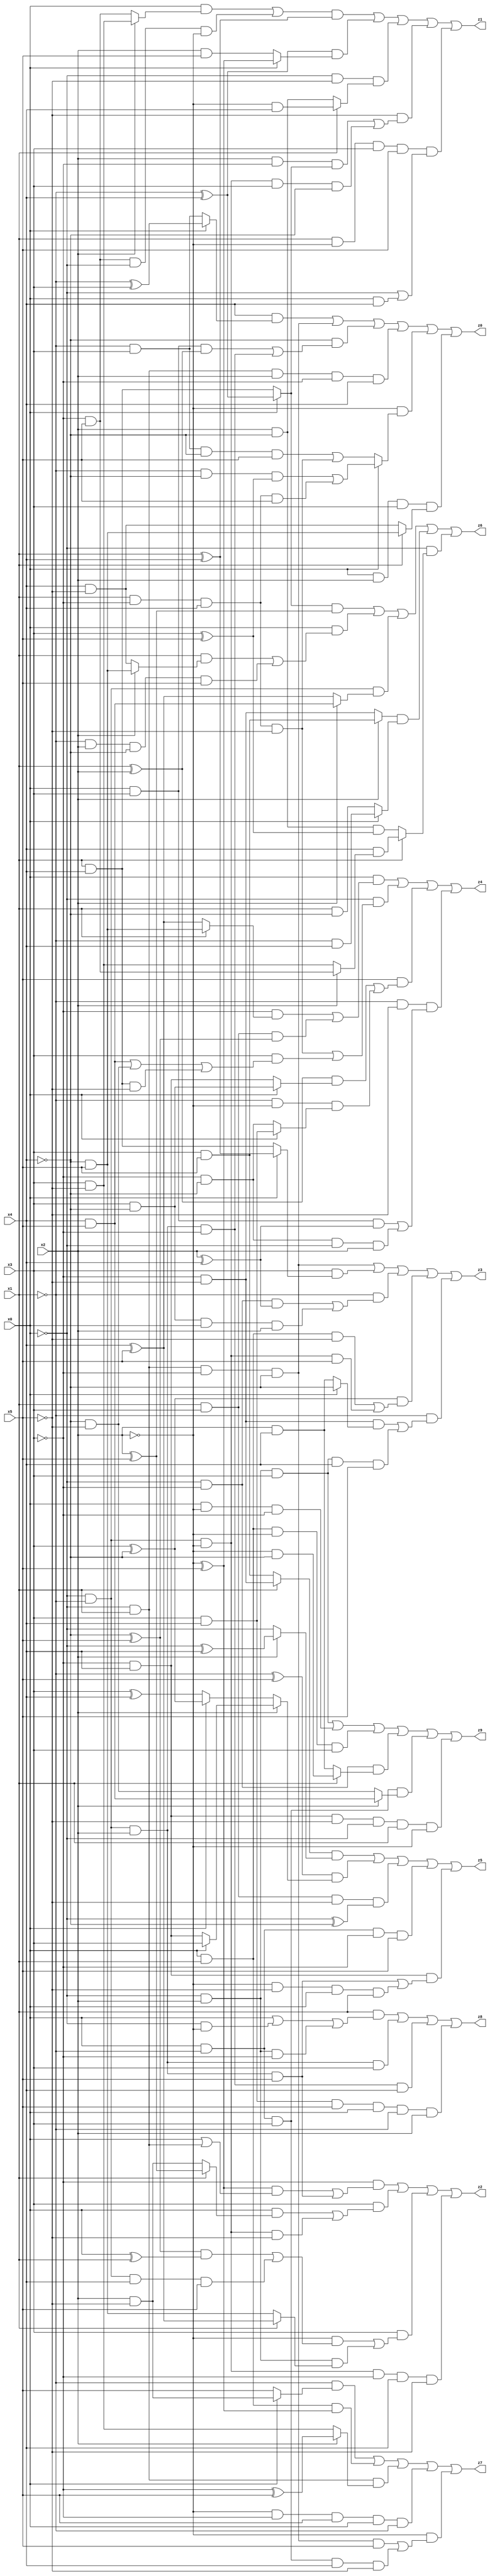
// Benchmark "X_3" written by ABC on Mon Jun 05 16:38:40 2023

module X_3 ( 
    x0, x1, x2, x3, x4, x5,
    z0, z1, z2, z3, z4, z5, z6, z7, z8, z9  );
  input  x0, x1, x2, x3, x4, x5;
  output z0, z1, z2, z3, z4, z5, z6, z7, z8, z9;
  assign z0 = (x4 & (x0 ? (~x1 ^ x3) : (~x1 & x3))) | (~x0 & x1 & ~x3 & ~x4) | (~x4 & ((x0 & x3 & (x1 ^ x2)) | (~x0 & ~x1 & x2 & ~x3))) | (~x0 & x1 & x2 & ~x3 & x4) | (~x2 & (x0 ? ((~x1 & ~x4 & (x3 ^ x5)) | (x1 & ~x3 & x4 & x5)) : ((~x1 & x3 & ~x4 & x5) | (x1 & ~x3 & x4 & ~x5)))) | (x0 & x2 & x3 & (x1 ? (~x4 & x5) : (x4 & ~x5)));
  assign z1 = (((x0 & (x2 ? (x3 & ~x5) : (~x3 & x5))) | (~x3 & x5 & ~x0 & ~x2)) & (x1 ^ x4)) | ((~x1 ^ x4) & (x0 ? (~x2 ^ x5) : (x2 & x5))) | (~x0 & ~x5 & (x1 ? (~x2 & x4) : (x2 & ~x4))) | (~x5 & ((x2 & ~x3 & (x0 ? (~x1 ^ x4) : (x1 & x4))) | (~x0 & ~x1 & ~x2 & x3 & ~x4))) | (x1 & ~x2 & x3 & x5 & (~x0 | (x0 & x4)));
  assign z2 = (~x3 & (((~x2 ^ x5) & (x0 | (~x0 & x1))) | (~x0 & ~x1 & x2 & x5))) | (x3 & ((x0 & (x1 ? (x2 ^ x5) : (x2 & ~x5))) | (~x0 & ~x1 & ~x2 & ~x5))) | (x3 & ((~x2 & (((~x4 ^ x5) & (x0 ^ x1)) | (~x0 & ~x1 & x4 & x5))) | (~x0 & x2 & (x1 ? (x4 ^ x5) : (~x4 & x5))))) | (~x0 & ~x1 & ~x2 & ~x3 & x4 & ~x5);
  assign z3 = (~x0 & x1 & ~x3 & ~x4) | (x3 & (x0 ? (x1 ^ x4) : (x1 & x4))) | (~x1 & ((~x0 & ~x3 & (x2 ^ x4)) | (x3 & ~x4 & x0 & x2))) | ((x3 ^ ~x4) & ((x0 & x1 & ~x5) | (~x0 & ~x1 & ~x2 & x5))) | (~x1 & ((~x3 & ~x5 & (x0 ? ~x4 : (x2 & x4))) | (~x0 & x2 & x3 & x4 & x5)));
  assign z4 = (x0 & ((~x3 & (x1 ? (~x4 & x5) : (x4 ^ x5))) | (x1 & x3 & (~x4 ^ x5)))) | (~x0 & ((x1 & ~x3 & x4 & ~x5) | (x3 & ((x4 & x5) | (~x4 & ~x5) | (x1 & x4 & ~x5))))) | (x5 & (((x1 ^ x2) & (x0 ? (x3 & ~x4) : (~x3 & x4))) | (~x1 & ~x2 & (x0 ? (x3 & x4) : (~x3 & ~x4))))) | (~x1 & ~x5 & ((x0 & x3 & (x2 ^ x4)) | (~x3 & ~x4 & ~x0 & x2)));
  assign z5 = ((x1 ? (~x3 & ~x5) : (x3 & x5)) & (x2 ? (~x0 ^ x4) : ~x0)) | ((~x1 ^ x5) & (x2 ? (x0 ? x3 : (~x3 & x4)) : (x0 ? (x3 ^ ~x4) : (x3 ^ x4)))) | (x1 & x3 & ~x5 & (~x0 ^ ~x4)) | (x0 & ~x1 & ~x3 & x5) | (~x3 & x4 & ((~x0 & ~x1 & x2 & x5) | (~x2 & ~x5 & x0 & x1)));
  assign z6 = ((x0 ? (~x1 ^ x4) : (x1 & x4)) & (x2 ^ x5)) | (x0 & ((x1 & (x2 ? (~x4 & x5) : (x4 & ~x5))) | (~x1 & x2 & ~x4 & x5))) | (~x0 & ~x1 & (x2 ? (x4 & x5) : (x4 ^ x5))) | ((x2 ? (x3 & x5) : (~x3 & ~x5)) & (x0 ? (~x1 & x4) : (x1 & ~x4))) | (~x0 & (x1 ? (x4 & (x2 ? (~x3 & x5) : (x3 & ~x5))) : (x2 & ~x4 & (x3 ^ x5))));
  assign z7 = (~x1 & (x0 ? (x2 & ~x5) : x5)) | (x0 & x1 & (~x2 ^ x5)) | (~x0 & x1 & (x2 ? (~x3 ^ x5) : (x3 & ~x5))) | (~x2 & ~x3 & x5 & x0 & ~x1) | (~x2 & ((~x0 & x1 & ~x3 & ~x4 & x5) | (x0 & ~x1 & x3 & x4 & ~x5)));
  assign z8 = (x1 & (x0 | (~x0 & ~x2) | (~x0 & x2 & ~x3))) | (~x0 & ~x1 & x2 & x3) | (~x0 & ~x1 & x2 & ~x3 & x4) | (x3 & x4 & x5 & x0 & ~x1 & x2);
  assign z9 = (~x0 & x2 & x3) | (x0 & ~x2 & ~x3) | (x0 & x1 & ~x2 & x3) | (~x0 & ~x3 & (x1 ? (~x2 & ~x4) : (x2 & x4))) | (x0 & ~x1 & x3 & (x2 ? (x4 & x5) : (~x4 & ~x5))) | (~x3 & x4 & ~x5 & ~x0 & x1 & ~x2);
endmodule